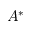
A ^ { * }